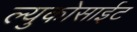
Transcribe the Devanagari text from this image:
ल्युकोसाईट